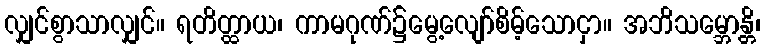
လျှင်စွာသာလျှင်။ ရတိတ္ထာယ၊ ကာမဂုဏ်၌မွေ့လျော်စိမ့်သောငှာ။ အဘိသမ္ဘောန္တိ၊